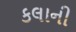
કલાની